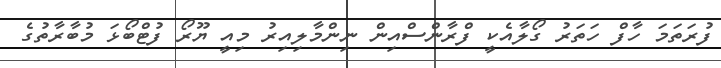
ފުރަތަމަ ހާފް ހަތަރު ގޯލާއެކީ ފްރާންސްއިން ނިންމާލިއިރު މިއީ ޔޫރޯ ފުޓްބޯޅަ މުބާރާތުގެ